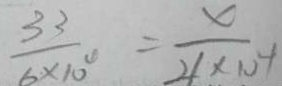
\frac { 3 3 } { 6 \times 1 0 ^ { 4 } } = \frac { 1 0 } { 2 1 \times 1 0 ^ { 4 } }